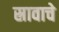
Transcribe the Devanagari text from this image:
स्रावाचे